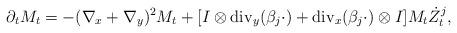
LaTeX: \begin{align*} \partial_t M_t = - (\nabla_x + \nabla_y)^2 M_t + [ I \otimes \mathrm{div}_y(\beta_j \cdot) + \mathrm{div}_x( \beta_j \cdot) \otimes I] M_t \dot{Z}_t^j,\end{align*}